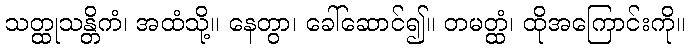
သတ္ထုသန္တိကံ၊ အထံသို့။ နေတွာ၊ ခေါ်ဆောင်၍။ တမတ္ထံ၊ ထိုအကြောင်းကို။